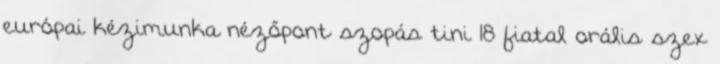
európai kézimunka nézőpont szopás tini 18 fiatal orális szex